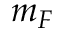
m _ { F }